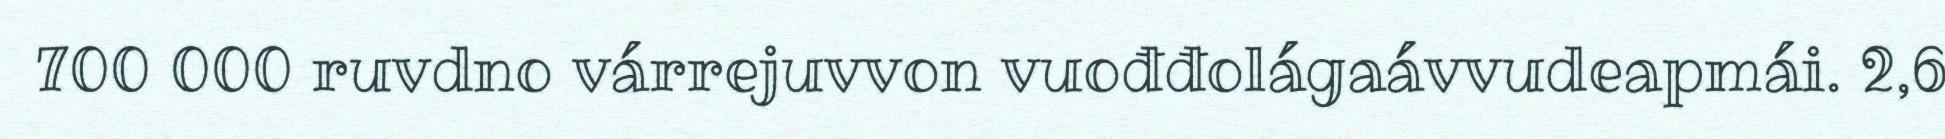
700 000 ruvdno várrejuvvon vuođđolágaávvudeapmái. 2,6